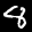
Label: 8